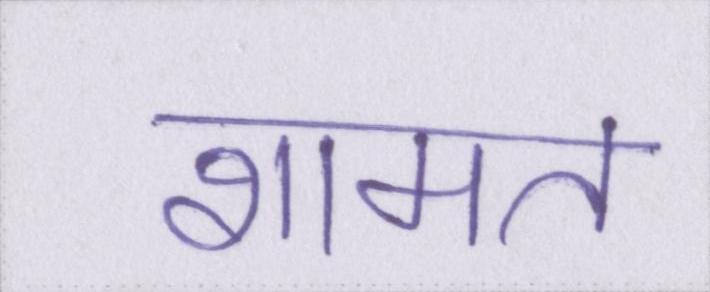
शामत